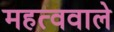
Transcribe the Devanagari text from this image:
महत्ववाले